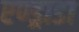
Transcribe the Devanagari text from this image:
एण्ड्राडा